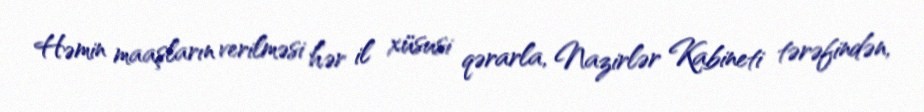
Həmin maaşların verilməsi hər il xüsusi qərarla, Nazirlər Kabineti tərəfindən,